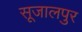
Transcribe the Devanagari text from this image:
सूजालपुर